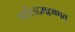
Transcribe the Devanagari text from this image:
पाईसद्दमहष्णव